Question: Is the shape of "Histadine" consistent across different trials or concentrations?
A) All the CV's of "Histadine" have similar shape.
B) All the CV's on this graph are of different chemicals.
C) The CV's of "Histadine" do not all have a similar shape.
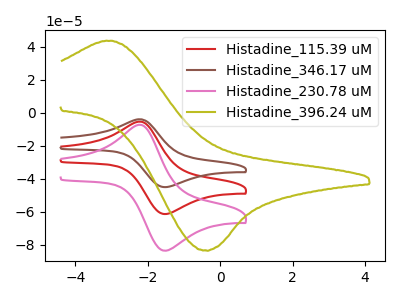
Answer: <think>The red curve "Histadine_115.39 uM" has an anodic peak at (-2.15V, -5.50uA) and a cathodic peak at (-1.50V, -61.30uA). The brown curve "Histadine_346.17 uM" has an anodic peak at (-2.15V, -11.05uA) and a cathodic peak at (-1.50V, -122.65uA). The pink curve "Histadine_230.78 uM" has an anodic peak at (-2.15V, -7.50uA) and a cathodic peak at (-1.50V, -83.55uA). The olive curve "Histadine_396.24 uM" has an anodic peak at (-3.10V, 43.65uA) and a cathodic peak at (-0.45V, -83.40uA).
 All the peaks in "Histadine_115.39 uM" have a peak in "Histadine_346.17 uM" at the same potential. All the peaks in "Histadine_115.39 uM" have a peak in "Histadine_230.78 uM" at the same potential. "Histadine_115.39 uM" and "Histadine_396.24 uM" have at least one peak that do not match. All the peaks in "Histadine_346.17 uM" have a peak in "Histadine_230.78 uM" at the same potential. "Histadine_346.17 uM" and "Histadine_396.24 uM" have at least one peak that do not match. "Histadine_230.78 uM" and "Histadine_396.24 uM" have at least one peak that do not match.</think>
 <answer>A) All the CV's of "Histadine" have similar shape.</answer>
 <eval>A</eval>